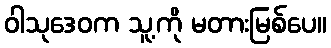
ဝါသုဒေဝက သူ့ကို မတားမြစ်ပေ။